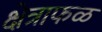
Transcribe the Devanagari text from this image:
क्षेत्राफळ